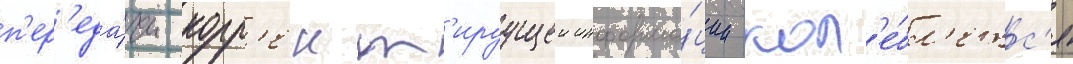
п'ер'еда́чи корр'ект'ируущеи информа́ции кол'е́бл'етс'я